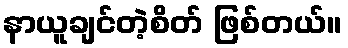
နာယူချင်တဲ့စိတ် ဖြစ်တယ်။